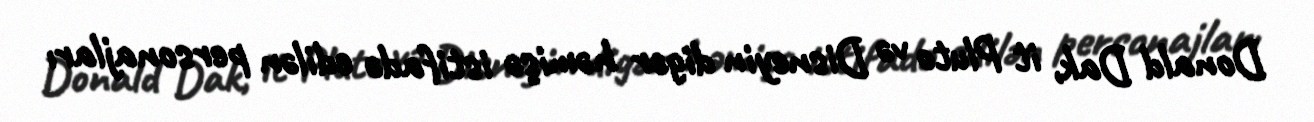
Donald Dak, it Pluto və Disneyin digər həmişə istifadə edilən personajları